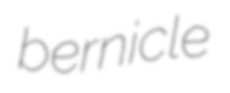
bernicle